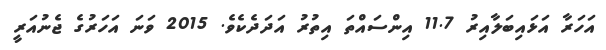
އަހަރާ އަޅައިބަލާއިރު 11.7 އިންސައްތަ އިތުރު އަދަދެކެވެ. 2015 ވަނަ އަހަރުގެ ޖެނުއަރީ